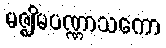
မဇ္ဈိမပဏ္ဏာသကော